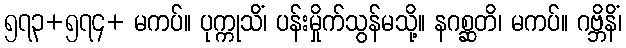
၅၇၃+၅၇၄+ မကပ်။ ပုက္ကုသိံ၊ ပန်းမှိုက်သွန်မသို့။ နဂစ္ဆတိ၊ မကပ်။ ဂဗ္ဘိနိံ၊